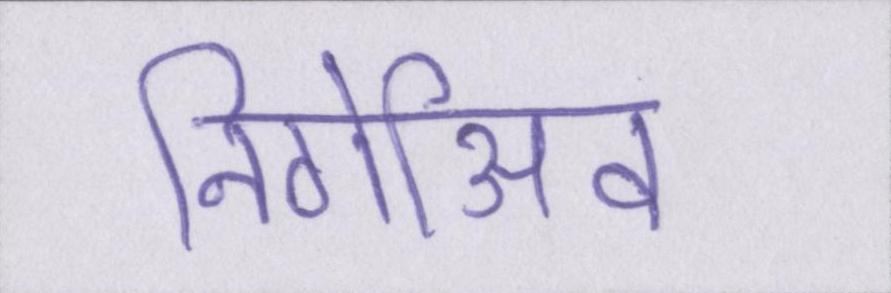
निगेअिव